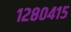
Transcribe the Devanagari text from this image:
१२८०४१५